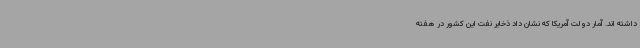
داشته اند. آمار دولت آمریکا که نشان داد ذخایر نفت این کشور در هفته